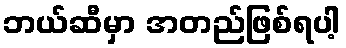
ဘယ်ဆီမှာ အတည်ဖြစ်ရပါ့